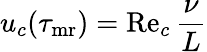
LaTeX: u_{c}(\tau_{{\mathrm{mr}}})=\mathrm{Re}_{c}\, \frac{\nu}{L}